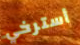
أسترخي